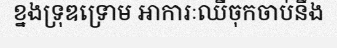
ខ្នងទ្រុឌទ្រោម អាការៈឈឺចុកចាប់នឹង